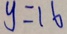
y = 1 6